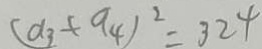
( a _ { 3 } + a _ { 4 } ) ^ { 2 } = 3 2 4